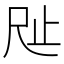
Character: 𣥉